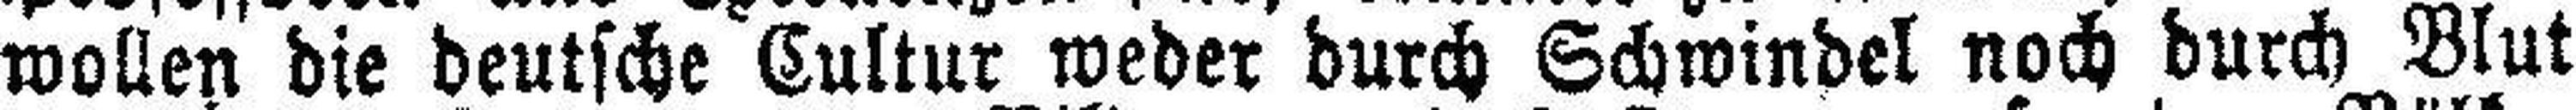
wollen die deutsche Cultur weder durch Schwindel noch durch Blut